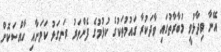
އޭނާ ވިދާޅުވީ މުބާރާތުގައި ވާދަކުރާ ގައުމުތަކުގެ ކުޅުމުގެ ފެންވަރު ރަނގަޅު ކަމަށާއި ހާއްސަކޮށް